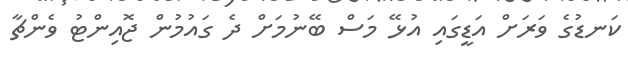
ކަނޑުގެ ވަރަށް އަޑީގައި އުޅޭ މަސް ބޭނުމަށް ދެ ގައުމުން ޖޮއިންޓު ވެންޗާ